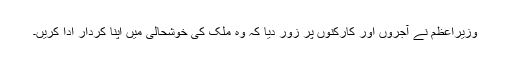
وزیراعظم نے آجروں اور کارکنوں پر زور دیا کہ وہ ملک کی خوشحالی میں اپنا کردار ادا کریں۔